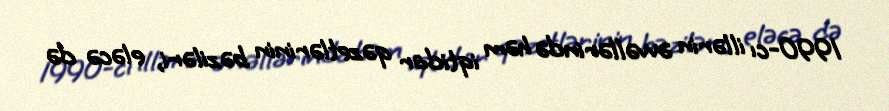
1990-cı illərin əvvəllərində həm iqtidar qəzetlərinin bəziləri, eləcə də